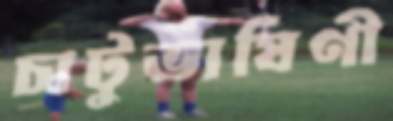
চাটুভাষিণী